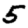
Digit: 5